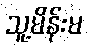
သူ့မိန်းမ